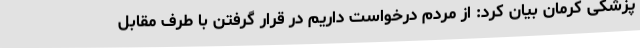
پزشکی کرمان بیان کرد: از مردم درخواست داریم در قرار گرفتن با طرف مقابل